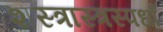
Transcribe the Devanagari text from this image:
शस्त्रास्त्रस्पर्धा